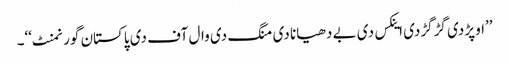
’’اوپڑ دی گڑگڑدی اینکس دی بے دھیانا دی منگ دی وال آف دی پاکستان گورنمنٹ‘‘۔